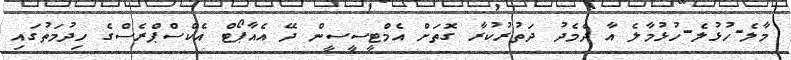
މާލެ-ހުޅުލެ-ހުޅުމާލެ އާ ދެމެދު ދަތުރުކުރާ ގޮތަށް އެމްޓީސީސީން ދޭ އެއާޕޯޓް އެކްސްޕްރެސްގެ ހިދުމަތުގައި